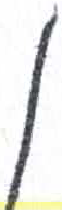
אות: ן